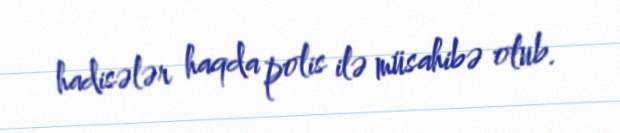
hadisələr haqda polis ilə müsahibə olub.